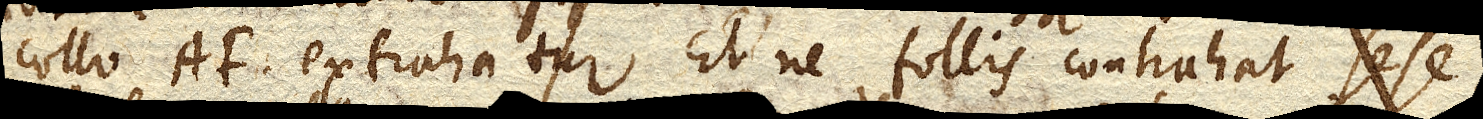
collo AF. extrahatur. Et ne follis contrahat sese,